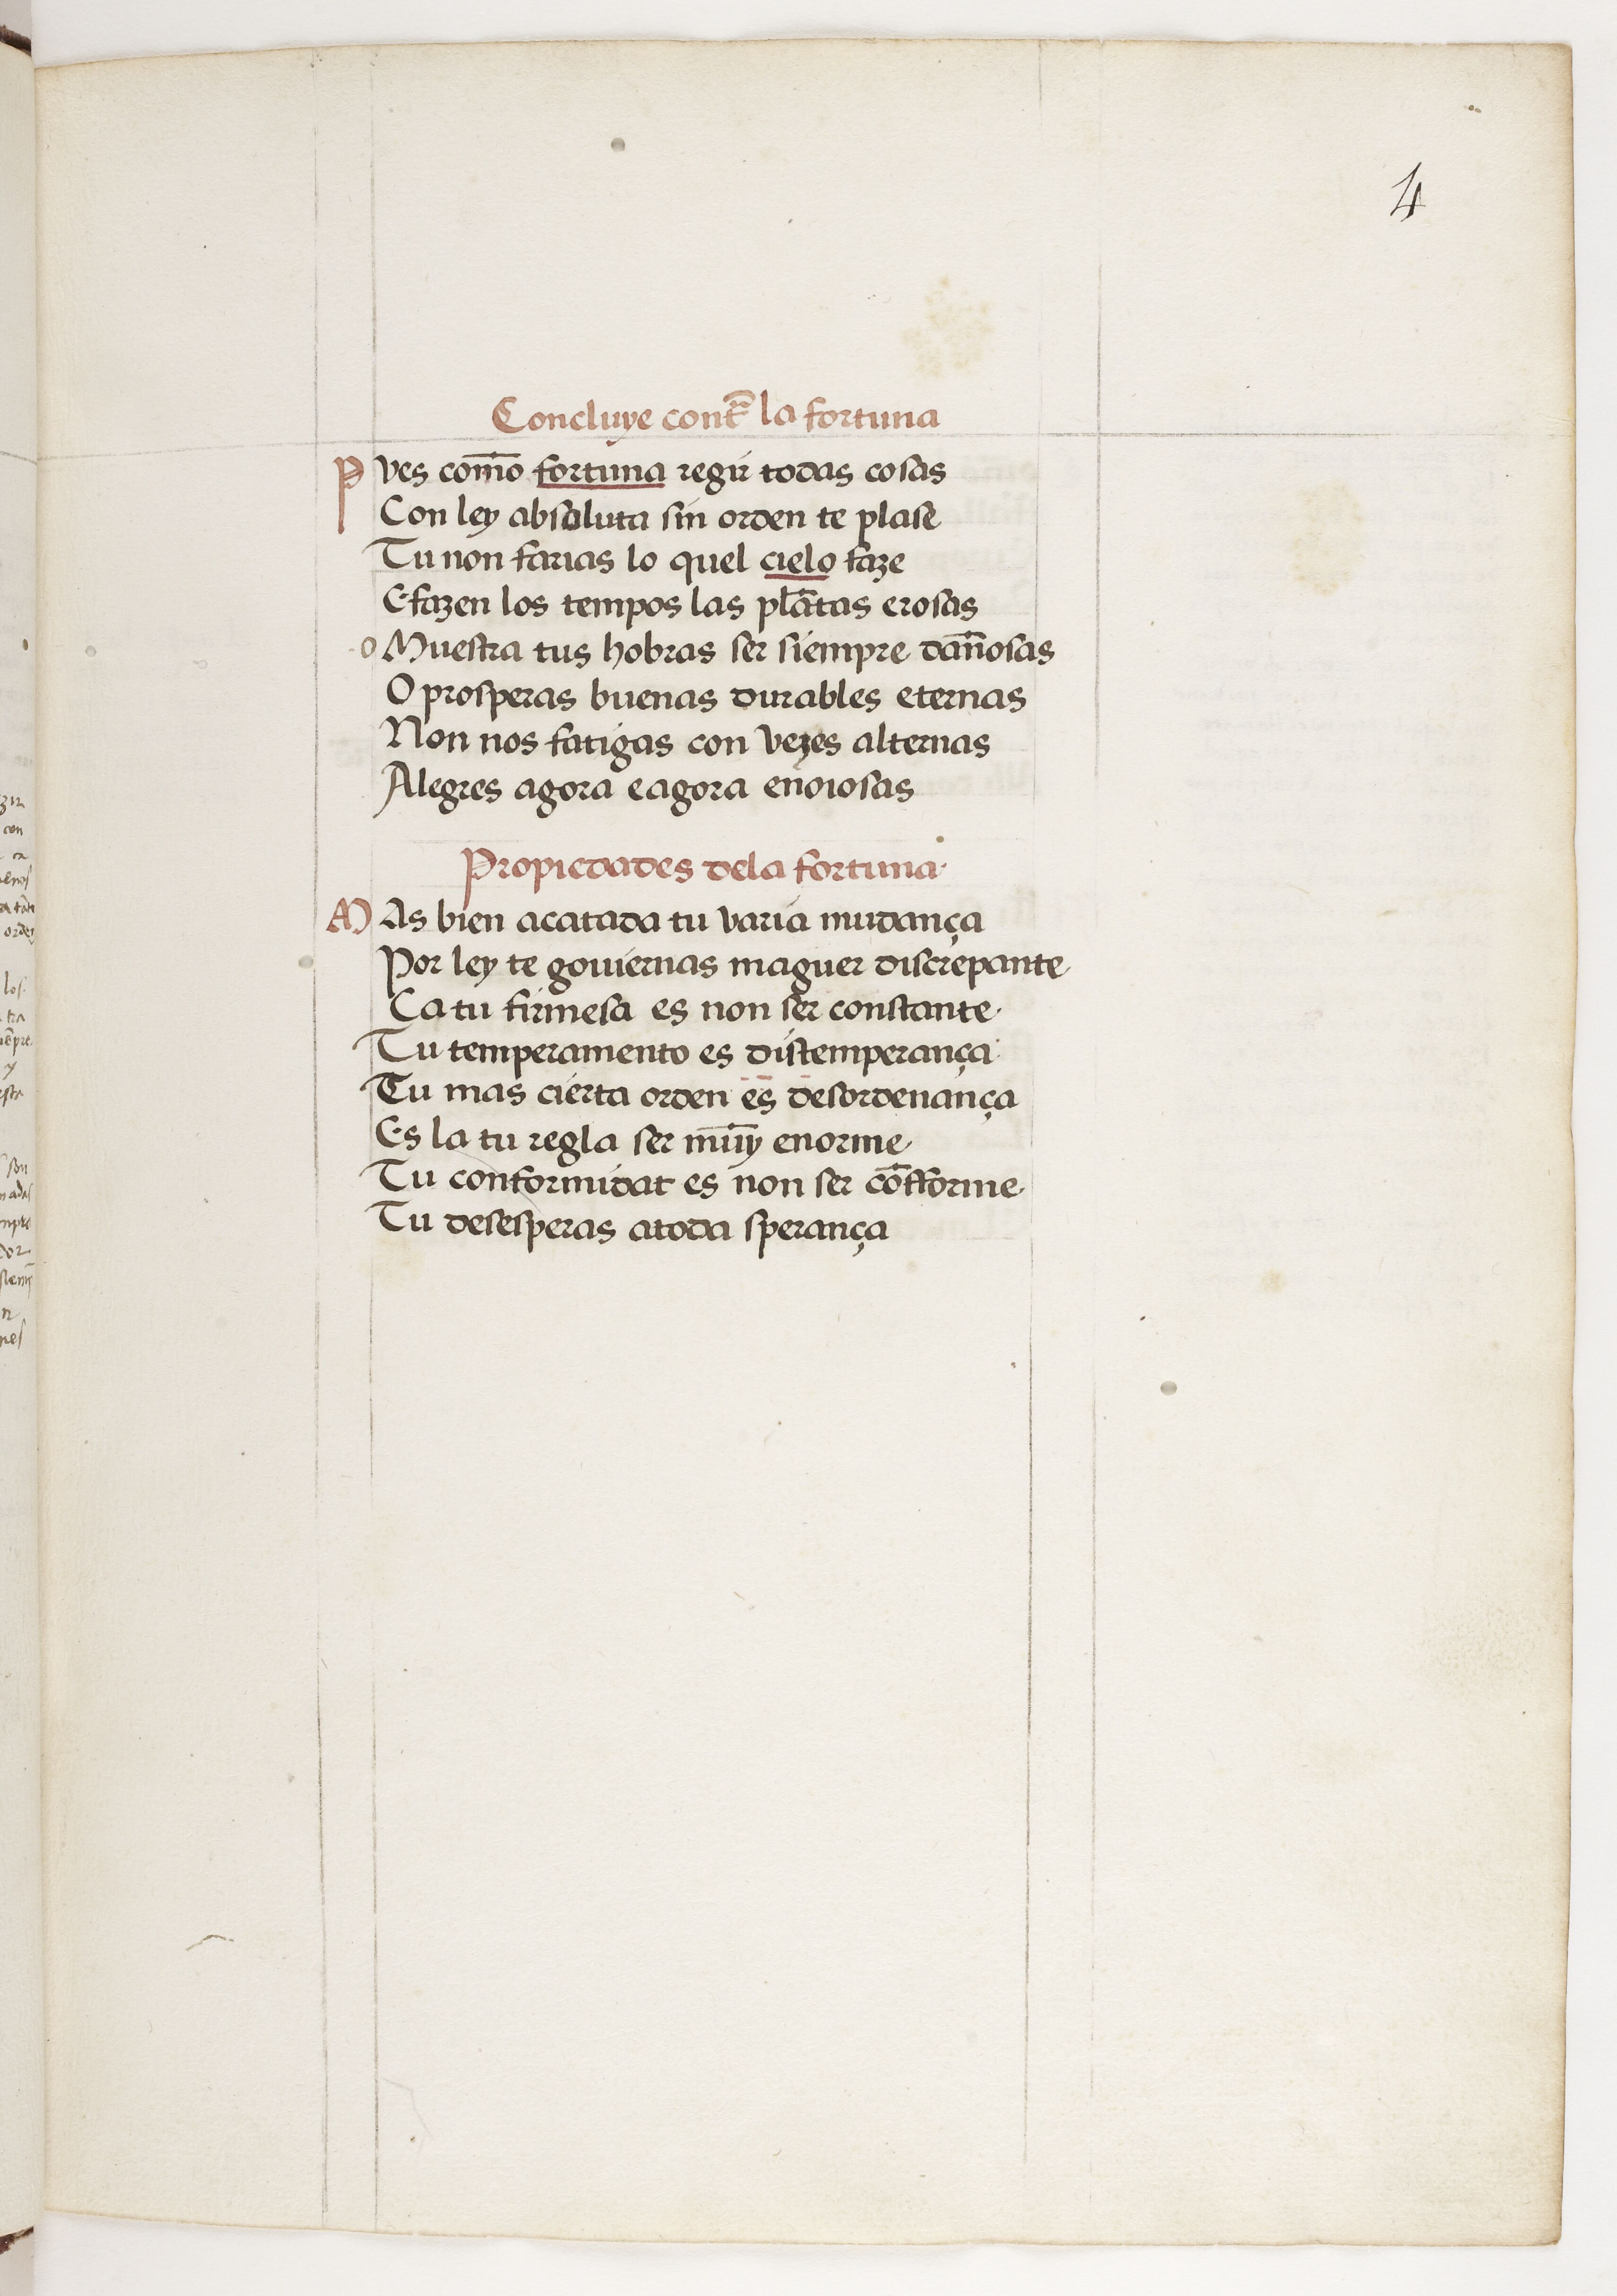
Shelfmark: Paris, BnF, esp. 229
Century: 15